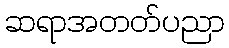
ဆရာအတတ်ပညာ